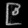
Digit: ၉